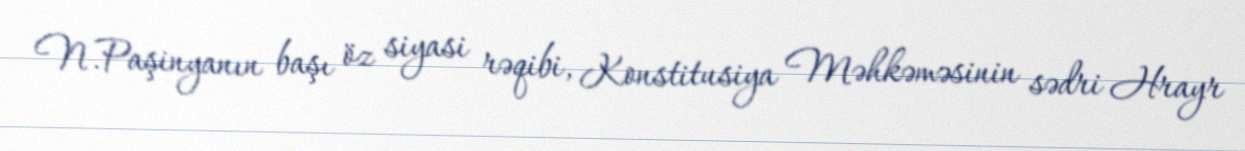
N.Paşinyanın başı öz siyasi rəqibi, Konstitusiya Məhkəməsinin sədri Hrayr